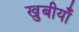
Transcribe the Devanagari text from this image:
खुबीयाँ